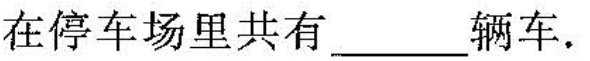
在停车场里共有---辆车。